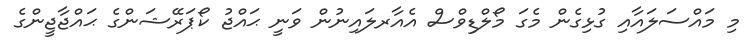
މި މައްސަލައާއި ގުޅިގެން މެގަ މޯލްޑިވްސް އެއާރލައިނުން ވަނީ ޙައްޖު ކޯޕަރޭޝަންގެ ޙައްޖާޖީންގެ